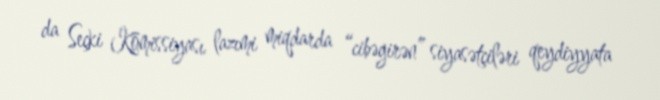
da Seçki Komissiyası lazımi miqdarda “cibəgirən” siyasətçiləri qeydiyyata